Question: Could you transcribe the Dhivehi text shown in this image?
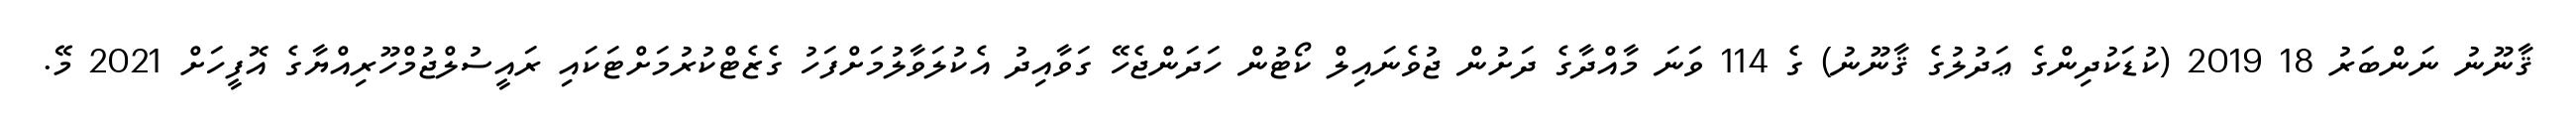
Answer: ޤާނޫނު ނަންބަރު 18 2019 (ކުޑަކުދިންގެ ޢަދުލުގެ ޤާނޫނު) ގެ 114 ވަނަ މާއްދާގެ ދަށުން ޖުވެނައިލް ކޯޓުން ހަދަންޖެހޭ ގަވާއިދު އެކުލަވާލުމަށްފަހު ގެޒެޓްކުރުމަށްޓަކައި ރައީސުލްޖުމްހޫރިއްޔާގެ އޮފީހަށް 2021 މޭ.